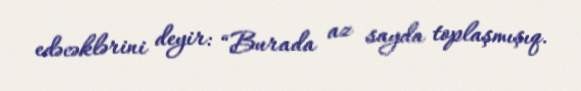
edəcəklərini deyir: “Burada az sayda toplaşmışıq.